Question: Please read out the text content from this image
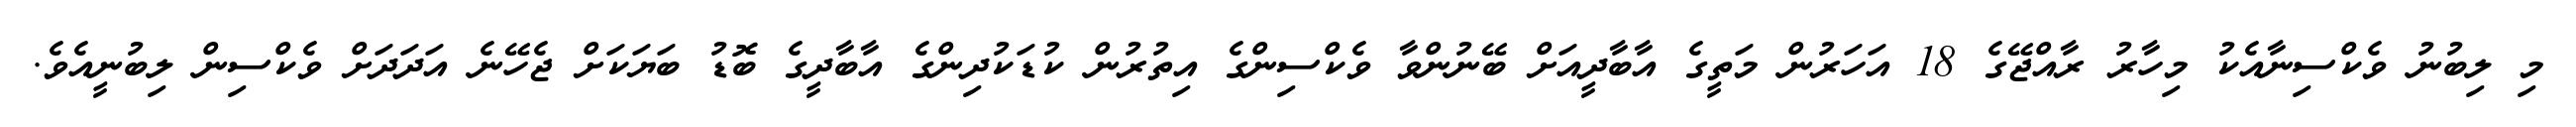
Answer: މި ލިބުނު ވެކްސިނާއެކު މިހާރު ރާއްޖޭގެ 18 އަހަރުން މަތީގެ އާބާދީއަށް ބޭނުންވާ ވެކްސިންގެ އިތުރުން ކުޑަކުދިންގެ އާބާދީގެ ބޮޑު ބަޔަކަށް ޖެހޭނެ އަދަދަށް ވެކްސިން ލިބުނީއެވެ.